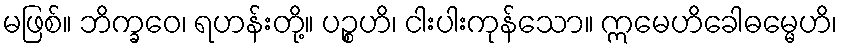
မဖြစ်။ ဘိက္ခဝေ၊ ရဟန်းတို့။ ပဉ္စဟိ၊ ငါးပါးကုန်သော။ ဣမေဟိခေါဓမ္မေဟိ၊